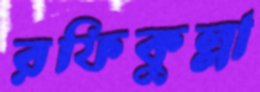
রফিকুল্লা